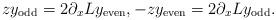
LaTeX: \begin{align*}z y_{\rm odd} = 2 \partial_x L y_{\rm even}, -z y_{\rm even} = 2 \partial_x L y_{\rm odd}.\end{align*}